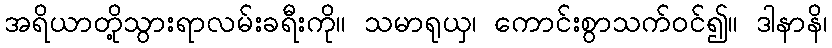
အရိယာတို့သွားရာလမ်းခရီးကို။ သမာရုယှ၊ ကောင်းစွာသက်ဝင်၍။ ဒါနာနိ၊